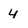
Character: 4